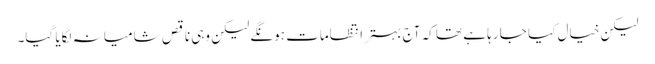
لیکن خیال کیا جا رہا ہے تھا کہ آج بہتر انتظامات ہونگے لیکن وہی ناقص شامیانہ لگایا گیا۔